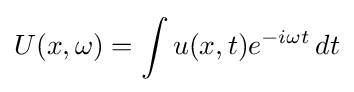
U(x,\omega )=\int u(x,t)e^{-i\omega t}\,dt